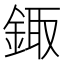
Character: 鋷